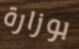
بوزارة